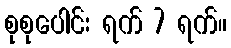
စုစုပေါင်း ရက် 7 ရက်။